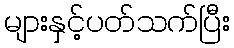
များနှင့်ပတ်သက်ပြီး